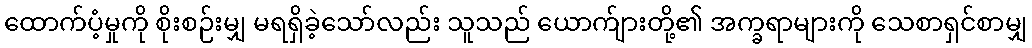
ထောက်ပံ့မှုကို စိုးစဉ်းမျှ မရရှိခဲ့သော်လည်း သူသည် ယောက်ျားတို့၏ အက္ခရာများကို သေစာရှင်စာမျှ